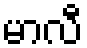
မာလီ